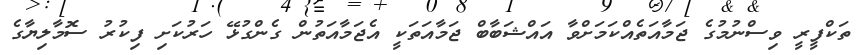
ތަކްފީރީ ވިސްނުމުގެ ޖަމާއަތެއްކަމަށްވާ އައްޝަބާބް ޖަމާއަތަކީ އެޖަމާއަތުން ގެންގުޅޭ ހަރުކަށި ފިކުރު ސޮމާލިޔާގެ